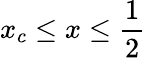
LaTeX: x_{c}\leq x\leq\frac{1}{2}